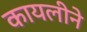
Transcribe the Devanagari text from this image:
कायलीने